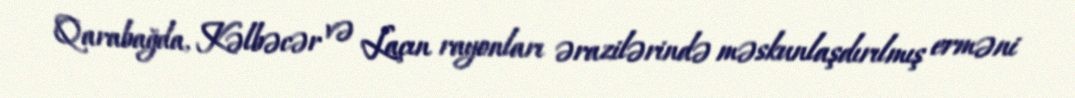
Qarabağda, Kəlbəcər və Laçın rayonları ərazilərində məskunlaşdırılmış erməni